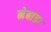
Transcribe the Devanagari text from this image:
नेबांडा